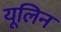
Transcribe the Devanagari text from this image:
यूलिन